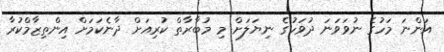
އަންނަ މަހުގެ ނުވަވަނަ ދުވަހުގެ ނިޔަލަށް މި މުބާރާތް ކުރިއަށް ދާނެކަމަށް އިންތިޒާމްކުރާ